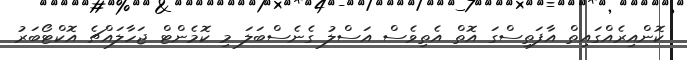
ކޮންއިރެއްގައިތް އާފަތިސްގަ އޮތް އެތިވެސް އަސްލު ގެނެސްބަލަ މި ކޮމެންޓް ޖަހާލައްޗެ އޮކްޓޯބަރު